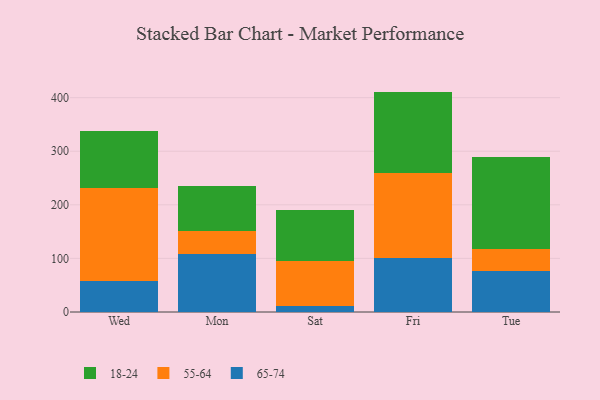
{"axis": {"x": "Day", "y": "Operating Costs (USD K)"}, "legend": ["18-24", "55-64", "65-74"], "data": [{"x": "Wed", "y": 57.4, "type": "65-74"}, {"x": "Wed", "y": 174.0, "type": "55-64"}, {"x": "Wed", "y": 106.8, "type": "18-24"}, {"x": "Mon", "y": 107.5, "type": "65-74"}, {"x": "Mon", "y": 44.6, "type": "55-64"}, {"x": "Mon", "y": 83.0, "type": "18-24"}, {"x": "Sat", "y": 10.7, "type": "65-74"}, {"x": "Sat", "y": 85.4, "type": "55-64"}, {"x": "Sat", "y": 94.5, "type": "18-24"}, {"x": "Fri", "y": 101.6, "type": "65-74"}, {"x": "Fri", "y": 157.9, "type": "55-64"}, {"x": "Fri", "y": 151.8, "type": "18-24"}, {"x": "Tue", "y": 75.9, "type": "65-74"}, {"x": "Tue", "y": 40.8, "type": "55-64"}, {"x": "Tue", "y": 173.2, "type": "18-24"}]}